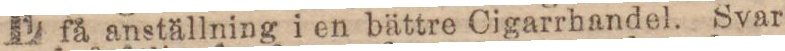
få anställning i en bättre Cigarrhandel. Svar